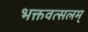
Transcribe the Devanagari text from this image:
भक्तवत्सलम्